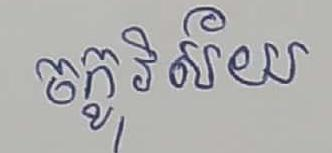
ចក្ខុវិស័យ